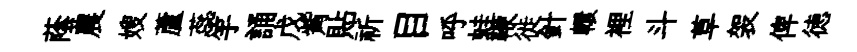
蔭農嫂蘆蕊竽誦戊觜貼祈目呼蛙鞭徙針轘裡斗草袈俾徳